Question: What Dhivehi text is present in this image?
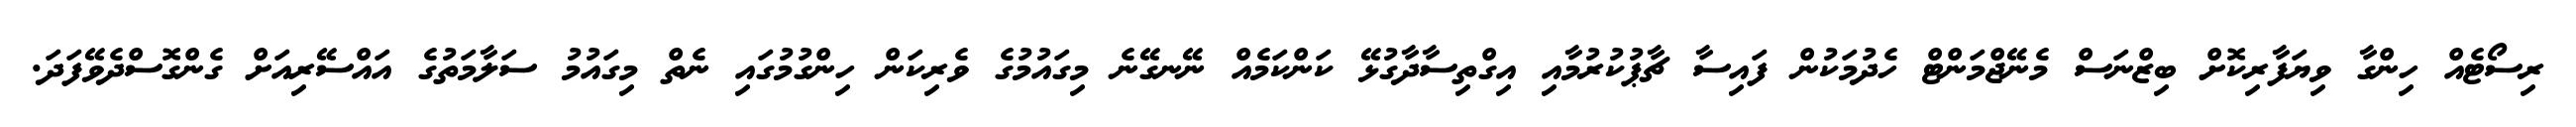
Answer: ރިސޯޓެއް ހިންގާ ވިޔަފާރިކޮށް ބިޒްނަސް މެނޭޖްމަންޓް ހެދުމަކުން ފައިސާ ޗާޕުކުރުމާއި އިގްތިސާދާގުޅޭ ކަންކަމެއް ނޭނގޭނެ މިގައުމުގެ ވެރިކަން ހިންގުމުގައި ނެތް މިގައުމު ސަލާމަތުގެ އައްސޭރިއަށް ގެންގޮސްދެވޭފަދަ.